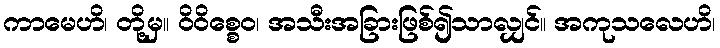
ကာမေဟိ၊ တို့မှ။ ဝိဝိစ္စေဝ၊ အသီးအခြားဖြစ်၍သာလျှင်။ အကုသလေဟိ၊